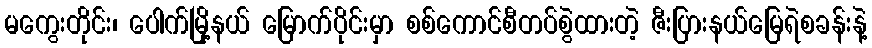
မကွေးတိုင်း၊ ပေါက်မြို့နယ် မြောက်ပိုင်းမှာ စစ်ကောင်စီတပ်စွဲထားတဲ့ ဇီးပြားနယ်မြေရဲစခန်းနဲ့